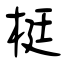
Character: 梃